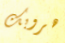
هروبك